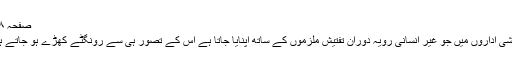
صفحہ ۶۸)
تفتیشی اداروں میں جو غیر انسانی رویہ دوران تفتیش ملزموں کے ساتھ اپنایا جاتا ہے اس کے تصور ہی سے رونگٹے کھڑے ہو جاتے ہیں۔